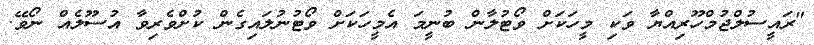
"ރައީސުލްޖުމްހޫރިއްޔާ ވަކި މީހަކަށް ވޯޓުލާން ބުނީމަ އެމީހަކަށް ވޯޓުނުލައިގެން ކުށްވެރިވާ އުސޫލެއް ނޯވޭ.